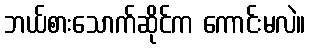
ဘယ်စားသောက်ဆိုင်က ကောင်းမလဲ။